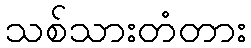
သစ်သားတံတား